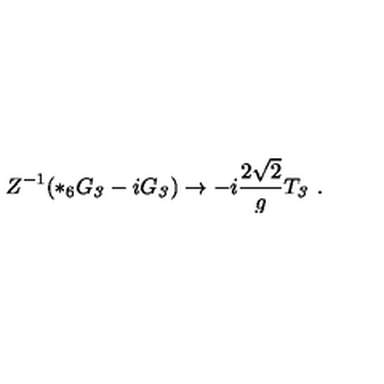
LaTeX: Z ^ { - 1 } ( * _ { 6 } G _ { \it 3 } - i G _ { \it 3 } ) \to - i \frac { 2 \sqrt { 2 } } { g } T _ { \it 3 } \ .